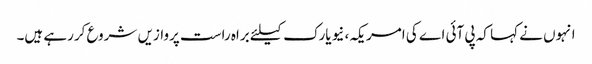
انہوں نے کہا کہ پی آئی اے کی امریکہ، نیویارک کیلئے براہ راست پروازیں شروع کررہے ہیں۔